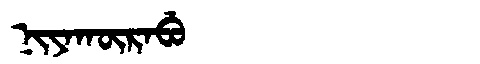
Manchu: ᠨᡳᠶᠠᡴᡡᡵᠠᠪᡠ
Romanization: NIYAKŪRABU